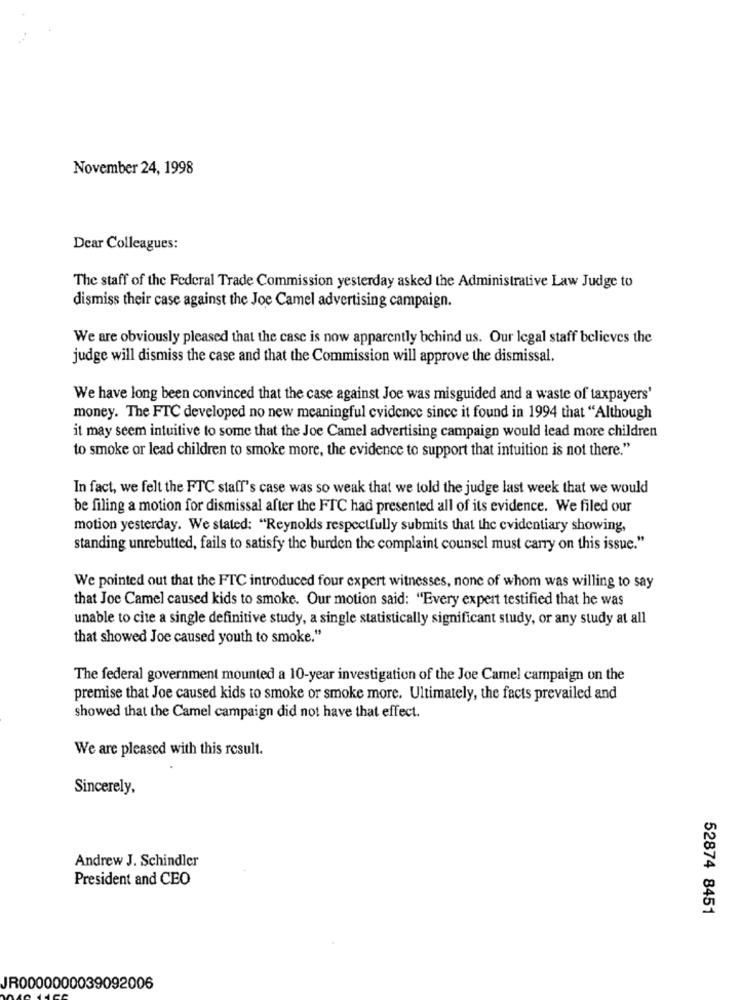
November 24, 1998
Dear Colleagues:
The staff of the Federal Trade Commission yesterday asked the Administrative Law Judge to
dismiss their case against the Joe Camel advertising campaign.
We are obviously pleased that the case is now apparently behind us. Our legal staff believes the
judge will dismiss the case and that the Commission will approve the dismissal.
We have long been convinced that the case against Joe was misguided and a waste of taxpayers'
money. The FTC developed no new meaningful evidence since it found in 1994 that "Although
it may seem intuitive to some that the Joe Camel advertising campaign would lead more children
to smoke or lead children to smoke more, the evidence to support that intuition is not there."
In fact, we felt the FTC staff's case was so weak that we told the judge last week that we would
be filing a motion for dismissal after the FTC had presented all of its evidence. We filed our
motion yesterday. We stated: "Reynolds respectfully submits that the evidentiary showing,
standing unrebutted, fails to satisfy the burden the complaint counsel must carry on this issue."
We pointed out that the FTC introduced four expert witnesses, none of whom was willing to say
that Joe Camel caused kids to smoke. Our motion said: "Every expert testified that he was
unable to cite a single definitive study, a single statistically significant study, or any study at all
that showed Joe caused youth to smoke."
The federal government mounted a 10-year investigation of the Joe Camel campaign on the
premise that Joe caused kids to smoke or smoke more. Ultimately, the facts prevailed and
showed that the Camel campaign did not have that effect.
We are pleased with this result.
Sincerely,
Andrew J. Schindler
President and CEO
52874 8451
JR0000000039092006